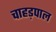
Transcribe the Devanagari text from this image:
चाहड़पाल